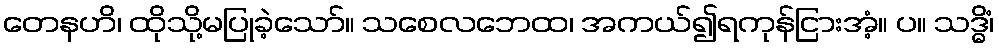
တေနဟိ၊ ထိုသို့မပြုခဲ့သော်။ သစေလဘေထ၊ အကယ်၍ရကုန်ငြားအံ့။ ပ။ သဒ္ဓိံ၊